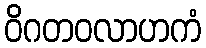
ဝိဂတဝလာဟကံ